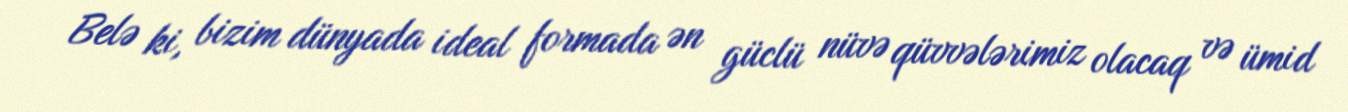
Belə ki, bizim dünyada ideal formada ən güclü nüvə qüvvələrimiz olacaq və ümid